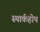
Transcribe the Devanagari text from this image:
स्पार्कहोप